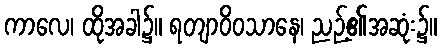
ကာလေ၊ ထိုအခါ၌။ ရတျာဝိဝသာနေ၊ ညဉ့်၏အဆုံး၌။